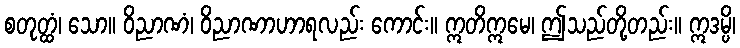
စတုတ္ထံ၊ သော။ ဝိညာဏံ၊ ဝိညာဏာဟာရလည်း ကောင်း။ ဣတိဣမေ၊ ဤသည်တို့တည်း။ ဣဒမ္ပိ၊